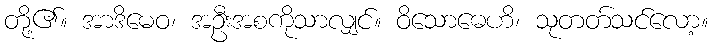
တို့၏။ အာဒိမေဝ၊ အဦးအစကိုသာလျှင်။ ဝိသောဓေဟိ၊ သုတတ်သင်လော့။